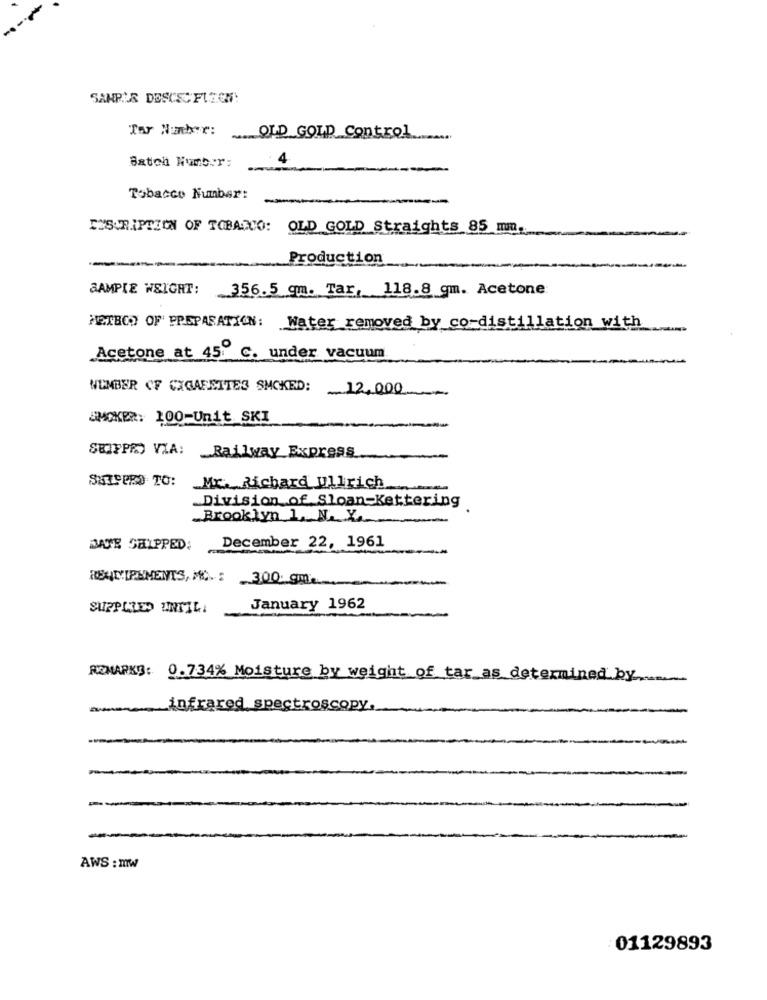
SAMPLE DESCEC FLECH!
Tor Number:
.... OLD GOLD Control
4
Batch Number:
Tobacco Number:
INSCRIPTION OF TOBANO: OLD GOLD Straights 85 mm ..
Production
SAMPIE WEIGHT:
356.5 qm. Tar, 118.8 qm. Acetone
METHOD OF PREPARATION: Water removed by co-distillation with
Acetone at 45" C. under vacuum
NUMBER OF CIGARETTES SMOKED: 12,000
SMOKER: 100-Unit. SKI
SEIFPRO VIA:
Railway Express
SHIPPED TO:
Mr. Richard Ullrich
Division of Sloan Kettering
Brooklyn 1, N.Y.
DATE SHIPPED:
December 22, 1961
REUNIPHMENTS, MC .: 300. gm ..
SUPPLIED UNTIL!
January 1962
REMARKS: 0.734% Moisture by weight of tar as determined by
infrared spectroscopy,
AWS : mw
01129893